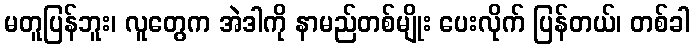
မတူပြန်ဘူး၊ လူတွေက အဲဒါကို နာမည်တစ်မျိုး ပေးလိုက် ပြန်တယ်၊ တစ်ခါ